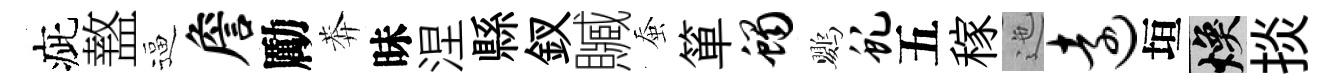
疵盩逼詹勵莾昧涅縣釵贓蚕箪蝎鸚虬五稼迤远垣焕掞